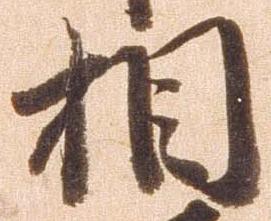
相